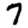
Digit: 7